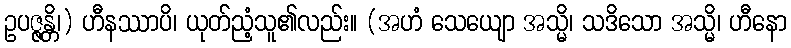
ဥပဇ္ဇန္တိ၊) ဟီနဿာပိ၊ ယုတ်ညံ့သူ၏လည်း။ (အဟံ သေယျော အသ္မိ၊ သဒိသော အသ္မိ၊ ဟီနော